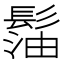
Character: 𩭶